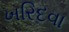
ખરિદવા